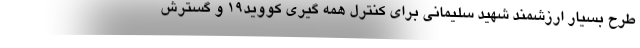
طرح بسیار ارزشمند شهید سلیمانی برای کنترل همه گیری کووید۱۹ و گسترش